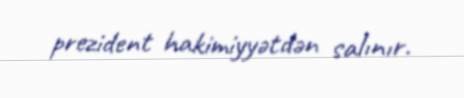
prezident hakimiyyətdən salınır.